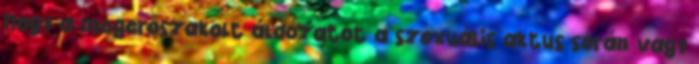
hogy a megerőszakolt áldozatot a szexuális aktus során vagy